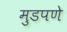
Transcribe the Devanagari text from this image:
मुडपणे